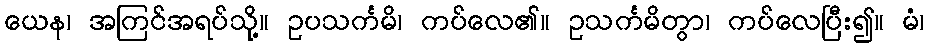
ယေန၊ အကြင်အရပ်သို့။ ဥပသင်္ကမိ၊ ကပ်လေ၏။ ဥသင်္ကမိတွာ၊ ကပ်လေပြီး၍။ မံ၊